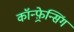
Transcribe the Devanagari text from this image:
कॉन्फ़्रेन्सिंग